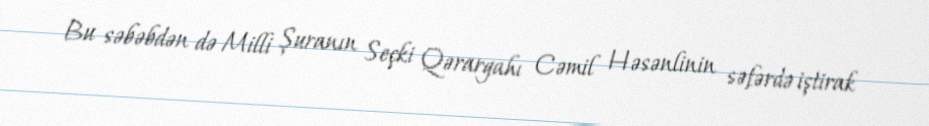
Bu səbəbdən də Milli Şuranın Seçki Qərargahı Cəmil Həsənlinin səfərdə iştirak